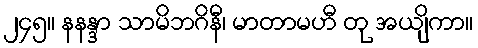
၂၄၅။ နနန္ဒာ သာမိဘဂိနီ၊ မာတာမဟီ တု အယျိကာ။